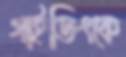
গাইডিংকে